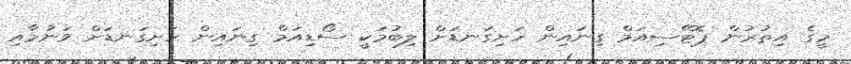
މީގެ އިތުރުން ޕޮޓޭސިއަމް ގިނައިން ހަށިގަނޑަށް ލިބުމަކީ ސޯޑިއަމް ގިނައިން ހަށިގަނޑަށް ވަނުމާއި